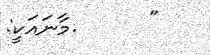
"      .މާނައަކީ: